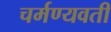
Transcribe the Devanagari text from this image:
चर्मण्यवती